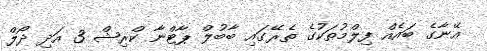
އޭނާގެ ބައެއް ފިލްމުތަކުގެ ތެރޭގައި ބާބުލް ޕާޓްނާ ކްރިޝް 3 އަދި ދޯލް